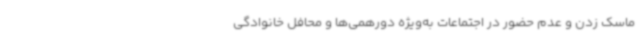
ماسک زدن و عدم حضور در اجتماعات به‌ویژه دورهمی‌ها و محافل خانوادگی